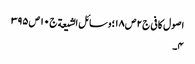
اصول کافی ج٢ ص ١٨؛ وسائل الشیعة ج١٠ ص ٣٩٥
٤۔